Insane asylums in Bengal annual reports 1867-1875 - 1867-1875
Year: 1867
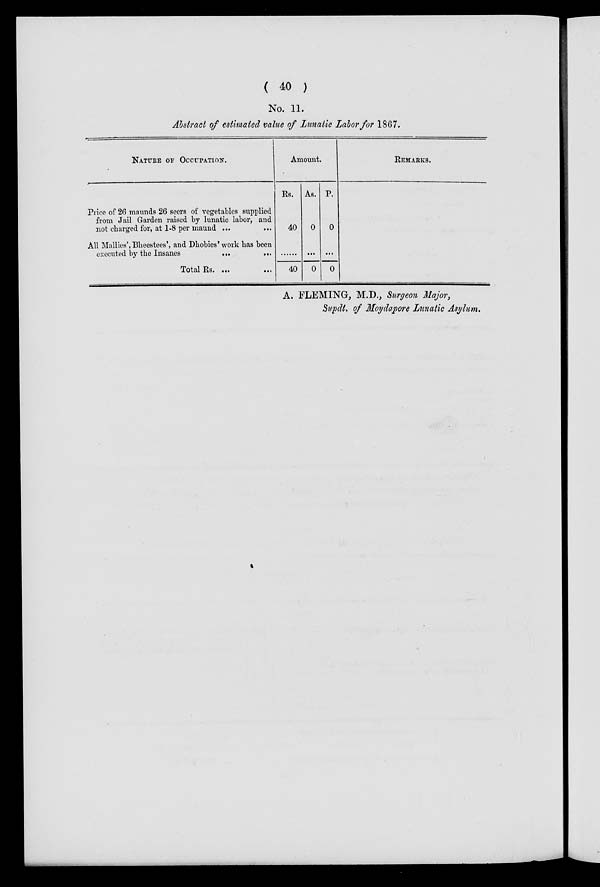
( 40 )
No. 11.
Abstract of estimated value of Lunatic Labor for 1867.
NATURE OF OCCUPATION.
Price of 26 maunds 26 seers of vegetables supplied
from Jail Garden raised by lunatic labor, and
not charged for, at 1-8 per maund ... ...
All Mallies', Bheestees', and Dhobies' work has been
executed by the Insanes
...
...
Total Rs. ... ...
Amount.
Rs.
40
......
40
As.
0
...
0
P.
0
...
0
REMARKS.
A. FLEMING, M.D., Surgeon Major,
Supdt. of Moydapore Lunatic Asylum.